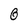
Character: 0